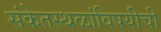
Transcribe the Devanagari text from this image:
संकेतस्थळांविषयीची